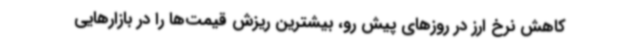
کاهش نرخ ارز در روزهای پیش رو، بیشترین ریزش قیمت‌ها را در بازارهایی